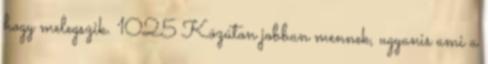
hogy melegszik. 1025 Közúton jobban mennek, ugyanis ami a